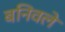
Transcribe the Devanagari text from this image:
बनिवले